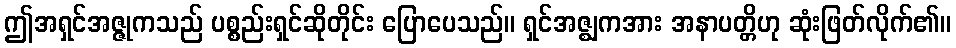
ဤအရှင်အဇ္ဇုကသည် ပစ္စည်းရှင်ဆိုတိုင်း ပြောပေသည်။ ရှင်အဇ္ဈကအား အနာပတ္တိဟု ဆုံးဖြတ်လိုက်၏။